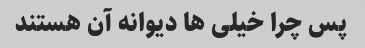
پس چرا خیلی ها دیوانه آن هستند